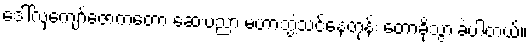
ဒေါ်လှကျော်ဇောကတော့ ဆေးပညာ မဟာဘွဲ့သင်နေတုန်း တောခိုသွားခဲ့ပါတယ်။